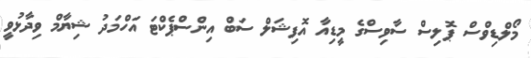
މޯލްޑިވްސް ޕޮލިސް ސާވިސްގެ މީޑިއާ އޮފިޝަލް ސަބް އިންސްޕެކްޓަ އަހްމަދު ޝިޔާމް ވިދާޅުވީ